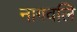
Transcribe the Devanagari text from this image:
नागवलि